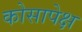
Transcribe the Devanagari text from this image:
कोसापेक्ष